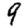
Digit: 9